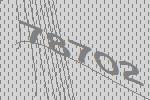
78702